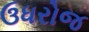
ઉધરોજ